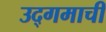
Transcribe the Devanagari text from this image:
उद्‌गमाची